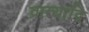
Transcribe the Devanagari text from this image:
व्रात्यादि